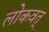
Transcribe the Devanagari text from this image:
लोकवत्